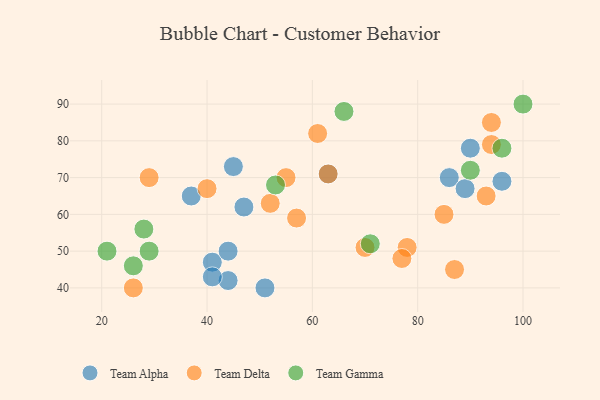
{"axis": {"x": "GDP", "y": "Life Expectancy"}, "legend": ["Team Alpha", "Team Delta", "Team Gamma"], "data": [{"x": "41", "y": 47, "type": "Team Alpha"}, {"x": "47", "y": 62, "type": "Team Alpha"}, {"x": "96", "y": 69, "type": "Team Alpha"}, {"x": "45", "y": 73, "type": "Team Alpha"}, {"x": "44", "y": 50, "type": "Team Alpha"}, {"x": "51", "y": 40, "type": "Team Alpha"}, {"x": "86", "y": 70, "type": "Team Alpha"}, {"x": "44", "y": 42, "type": "Team Alpha"}, {"x": "89", "y": 67, "type": "Team Alpha"}, {"x": "90", "y": 78, "type": "Team Alpha"}, {"x": "37", "y": 65, "type": "Team Alpha"}, {"x": "41", "y": 43, "type": "Team Alpha"}, {"x": "63", "y": 71, "type": "Team Alpha"}, {"x": "93", "y": 65, "type": "Team Delta"}, {"x": "87", "y": 45, "type": "Team Delta"}, {"x": "61", "y": 82, "type": "Team Delta"}, {"x": "52", "y": 63, "type": "Team Delta"}, {"x": "26", "y": 40, "type": "Team Delta"}, {"x": "94", "y": 85, "type": "Team Delta"}, {"x": "63", "y": 71, "type": "Team Delta"}, {"x": "55", "y": 70, "type": "Team Delta"}, {"x": "78", "y": 51, "type": "Team Delta"}, {"x": "29", "y": 70, "type": "Team Delta"}, {"x": "85", "y": 60, "type": "Team Delta"}, {"x": "77", "y": 48, "type": "Team Delta"}, {"x": "57", "y": 59, "type": "Team Delta"}, {"x": "94", "y": 79, "type": "Team Delta"}, {"x": "70", "y": 51, "type": "Team Delta"}, {"x": "40", "y": 67, "type": "Team Delta"}, {"x": "90", "y": 72, "type": "Team Gamma"}, {"x": "71", "y": 52, "type": "Team Gamma"}, {"x": "53", "y": 68, "type": "Team Gamma"}, {"x": "21", "y": 50, "type": "Team Gamma"}, {"x": "96", "y": 78, "type": "Team Gamma"}, {"x": "66", "y": 88, "type": "Team Gamma"}, {"x": "100", "y": 90, "type": "Team Gamma"}, {"x": "28", "y": 56, "type": "Team Gamma"}, {"x": "29", "y": 50, "type": "Team Gamma"}, {"x": "26", "y": 46, "type": "Team Gamma"}]}